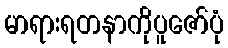
မာရားရတနာကိုပူဇော်ပုံ